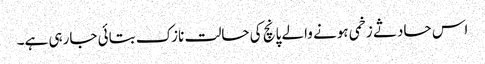
اس حادثے زخمی ہونے والے پانچ کی حالت نازک بتائی جارہی ہے۔